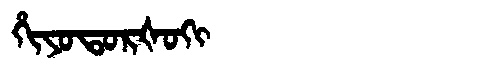
Manchu: ᡥᡳᠶᠣᡨᠣᡵᡧᠣᡴᡳ
Romanization: HIYOTORŠOKI